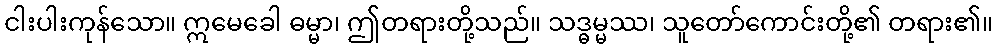
ငါးပါးကုန်သော။ ဣမေခေါ ဓမ္မာ၊ ဤတရားတို့သည်။ သဒ္ဓမ္မဿ၊ သူတော်ကောင်းတို့၏ တရား၏။